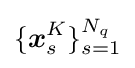
\{{\boldsymbol {x}}_{s}^{K}\}_{s=1}^{N_{q}}